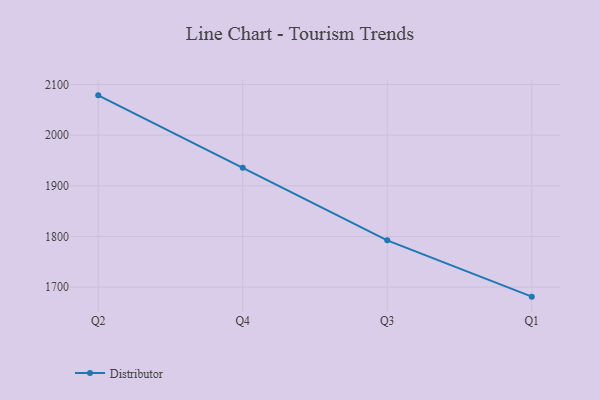
{"axis": {"x": "Quarter", "y": "Temperature (°C)"}, "legend": ["Distributor"], "data": [{"x": "Q2", "y": 2078.5, "type": "Distributor"}, {"x": "Q4", "y": 1935.5, "type": "Distributor"}, {"x": "Q3", "y": 1792.2, "type": "Distributor"}, {"x": "Q1", "y": 1681.1, "type": "Distributor"}]}